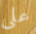
على